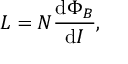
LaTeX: L = N { \frac { \mathrm { d } \Phi _ { B } } { \mathrm { d } I } } , \,